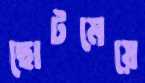
ছোটমেয়ে